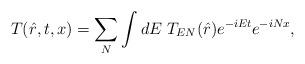
LaTeX: \begin{align*}T(\hat{r},t,x)=\sum_N\int dE\;T_{EN}(\hat{r})e^{-iEt}e^{-iNx},\end{align*}